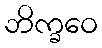
ဘိက္ခဝေ